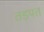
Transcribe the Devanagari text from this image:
तड़पत